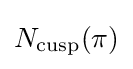
N_{\text{cusp}}(\pi )